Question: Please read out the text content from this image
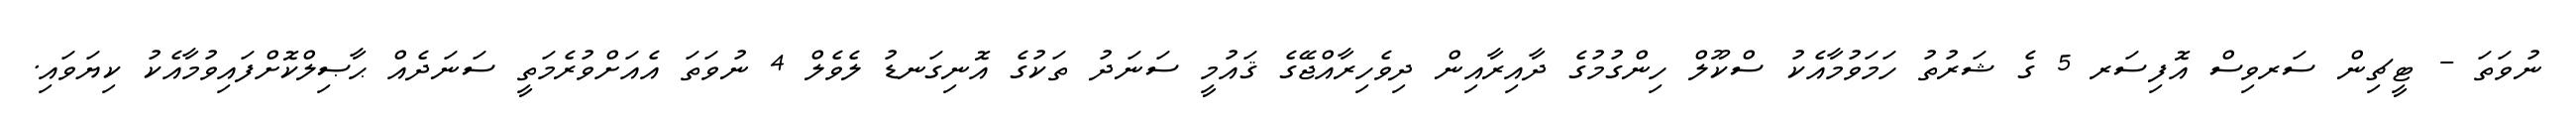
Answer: ނުވަތަ - ޓީޗިން ސަރވިސް އޮފިސަރ 5 ގެ ޝަރުތު ހަމަވުމާއެކު ސްކޫލް ހިންގުމުގެ ދާއިރާއިން ދިވެހިރާއްޖޭގެ ޤައުމީ ސަނަދު ތަކުގެ އޮނިގަނޑު ލެވެލް 4 ނުވަތަ އެއަށްވުރެމަތީ ސަނަދެއް ޙާޞިލްކޮށްފައިވުމާއެކު ކިޔަވައި.